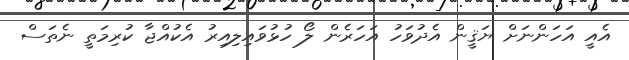
އެއީ އަހަންނަށް ޔަޤީން އެދުވަހު އަހަރެން ލޯ ހުޅުވައިލިއިރު އެކުއްޖާ ކުރިމަތީ ނެތަސް